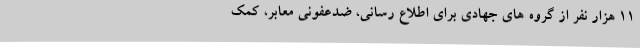
11 هزار نفر از گروه های جهادی برای اطلاع رسانی، ضدعفونی معابر، کمک